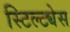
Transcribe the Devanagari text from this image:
स्टिल्ट्येस